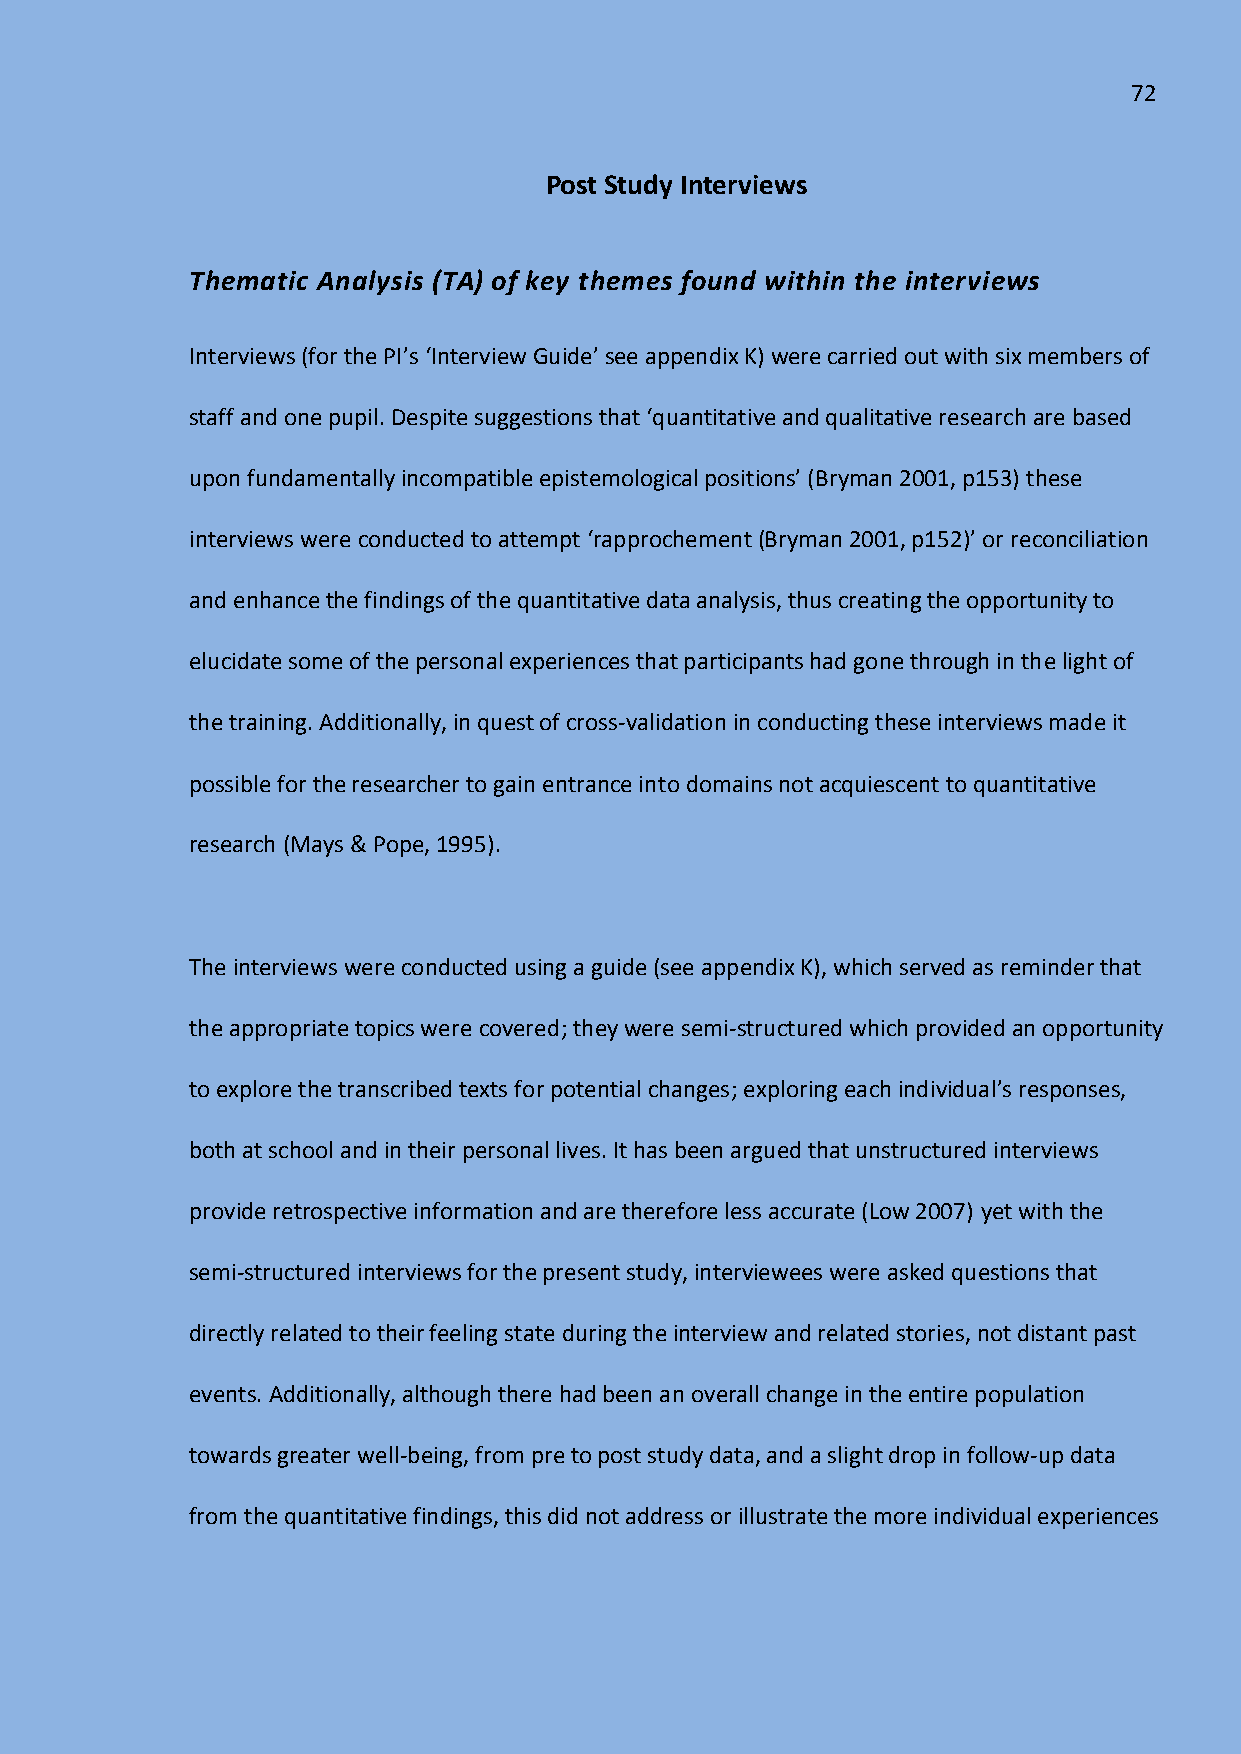
72
 Post Study Interviews
 Thematic Analysis (TA) of key themes found within the interviews
 Interviews (for the PI’s ‘Interview Guide’ see appendix K) were carried out with six members of
 staff and one pupil. Despite suggestions that ‘quantitative and qualitative research are based
 upon fundamentally incompatible epistemological positions’ (Bryman 2001, p153) these
 interviews were conducted to attempt ‘rapprochement (Bryman 2001, p152)’ or reconciliation
 and enhance the findings of the quantitative data analysis, thus creating the opportunity to
 elucidate some of the personal experiences that participants had gone through in the light of
 the training. Additionally, in quest of cross-validation in conducting these interviews made it
 possible for the researcher to gain entrance into domains not acquiescent to quantitative
 research (Mays & Pope, 1995).
 The interviews were conducted using a guide (see appendix K), which served as reminder that
 the appropriate topics were covered; they were semi-structured which provided an opportunity
 to explore the transcribed texts for potential changes; exploring each individual’s responses,
 both at school and in their personal lives. It has been argued that unstructured interviews
 provide retrospective information and are therefore less accurate (Low 2007) yet with the
 semi-structured interviews for the present study, interviewees were asked questions that
 directly related to their feeling state during the interview and related stories, not distant past
 events. Additionally, although there had been an overall change in the entire population
 towards greater well-being, from pre to post study data, and a slight drop in follow-up data
 from the quantitative findings, this did not address or illustrate the more individual experiences